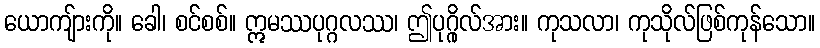
ယောကျ်ားကို။ ခေါ၊ စင်စစ်။ ဣမဿပုဂ္ဂလဿ၊ ဤပုဂ္ဂိုလ်အား။ ကုသလာ၊ ကုသိုလ်ဖြစ်ကုန်သော။